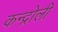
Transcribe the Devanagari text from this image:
कन्द्रोली